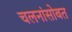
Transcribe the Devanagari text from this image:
चलनांसोबत